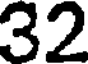
32